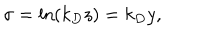
LaTeX: \sigma = \ln ( k _ { D } z ) = k _ { D } y ,